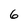
Character: 6